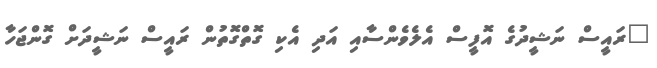
"ރައީސް ނަޝީދުގެ އޮފީސް އެލެވެންސާއި އަދި އެކި ގޮތްގޮތުން ރައީސް ނަޝީދަށް ގޮންޖަހާ